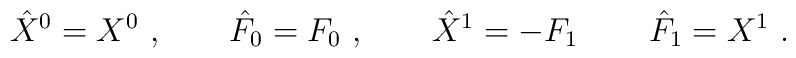
\hat X^0 =X^0\ , \qquad \hat F_0 = F_0\ , \qquad \hat X^1 = - F_1\, \qquad\hat  F_1 = X^1\  .